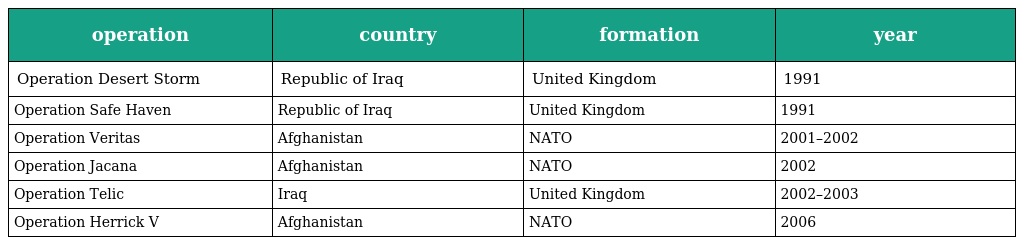
| operation | country | formation | year |
 | --- | --- | --- | --- |
 | Operation Desert Storm | Republic of Iraq | United Kingdom | 1991 |
 | Operation Safe Haven | Republic of Iraq | United Kingdom | 1991 |
 | Operation Veritas | Afghanistan | NATO | 2001–2002 |
 | Operation Jacana | Afghanistan | NATO | 2002 |
 | Operation Telic | Iraq | United Kingdom | 2002–2003 |
 | Operation Herrick V | Afghanistan | NATO | 2006 |